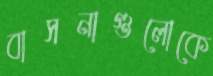
বাসনাগুলোকে